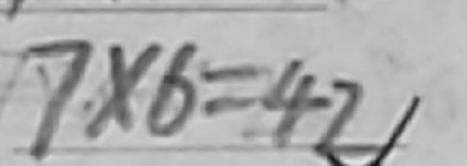
7 . \times 6 = 4 2